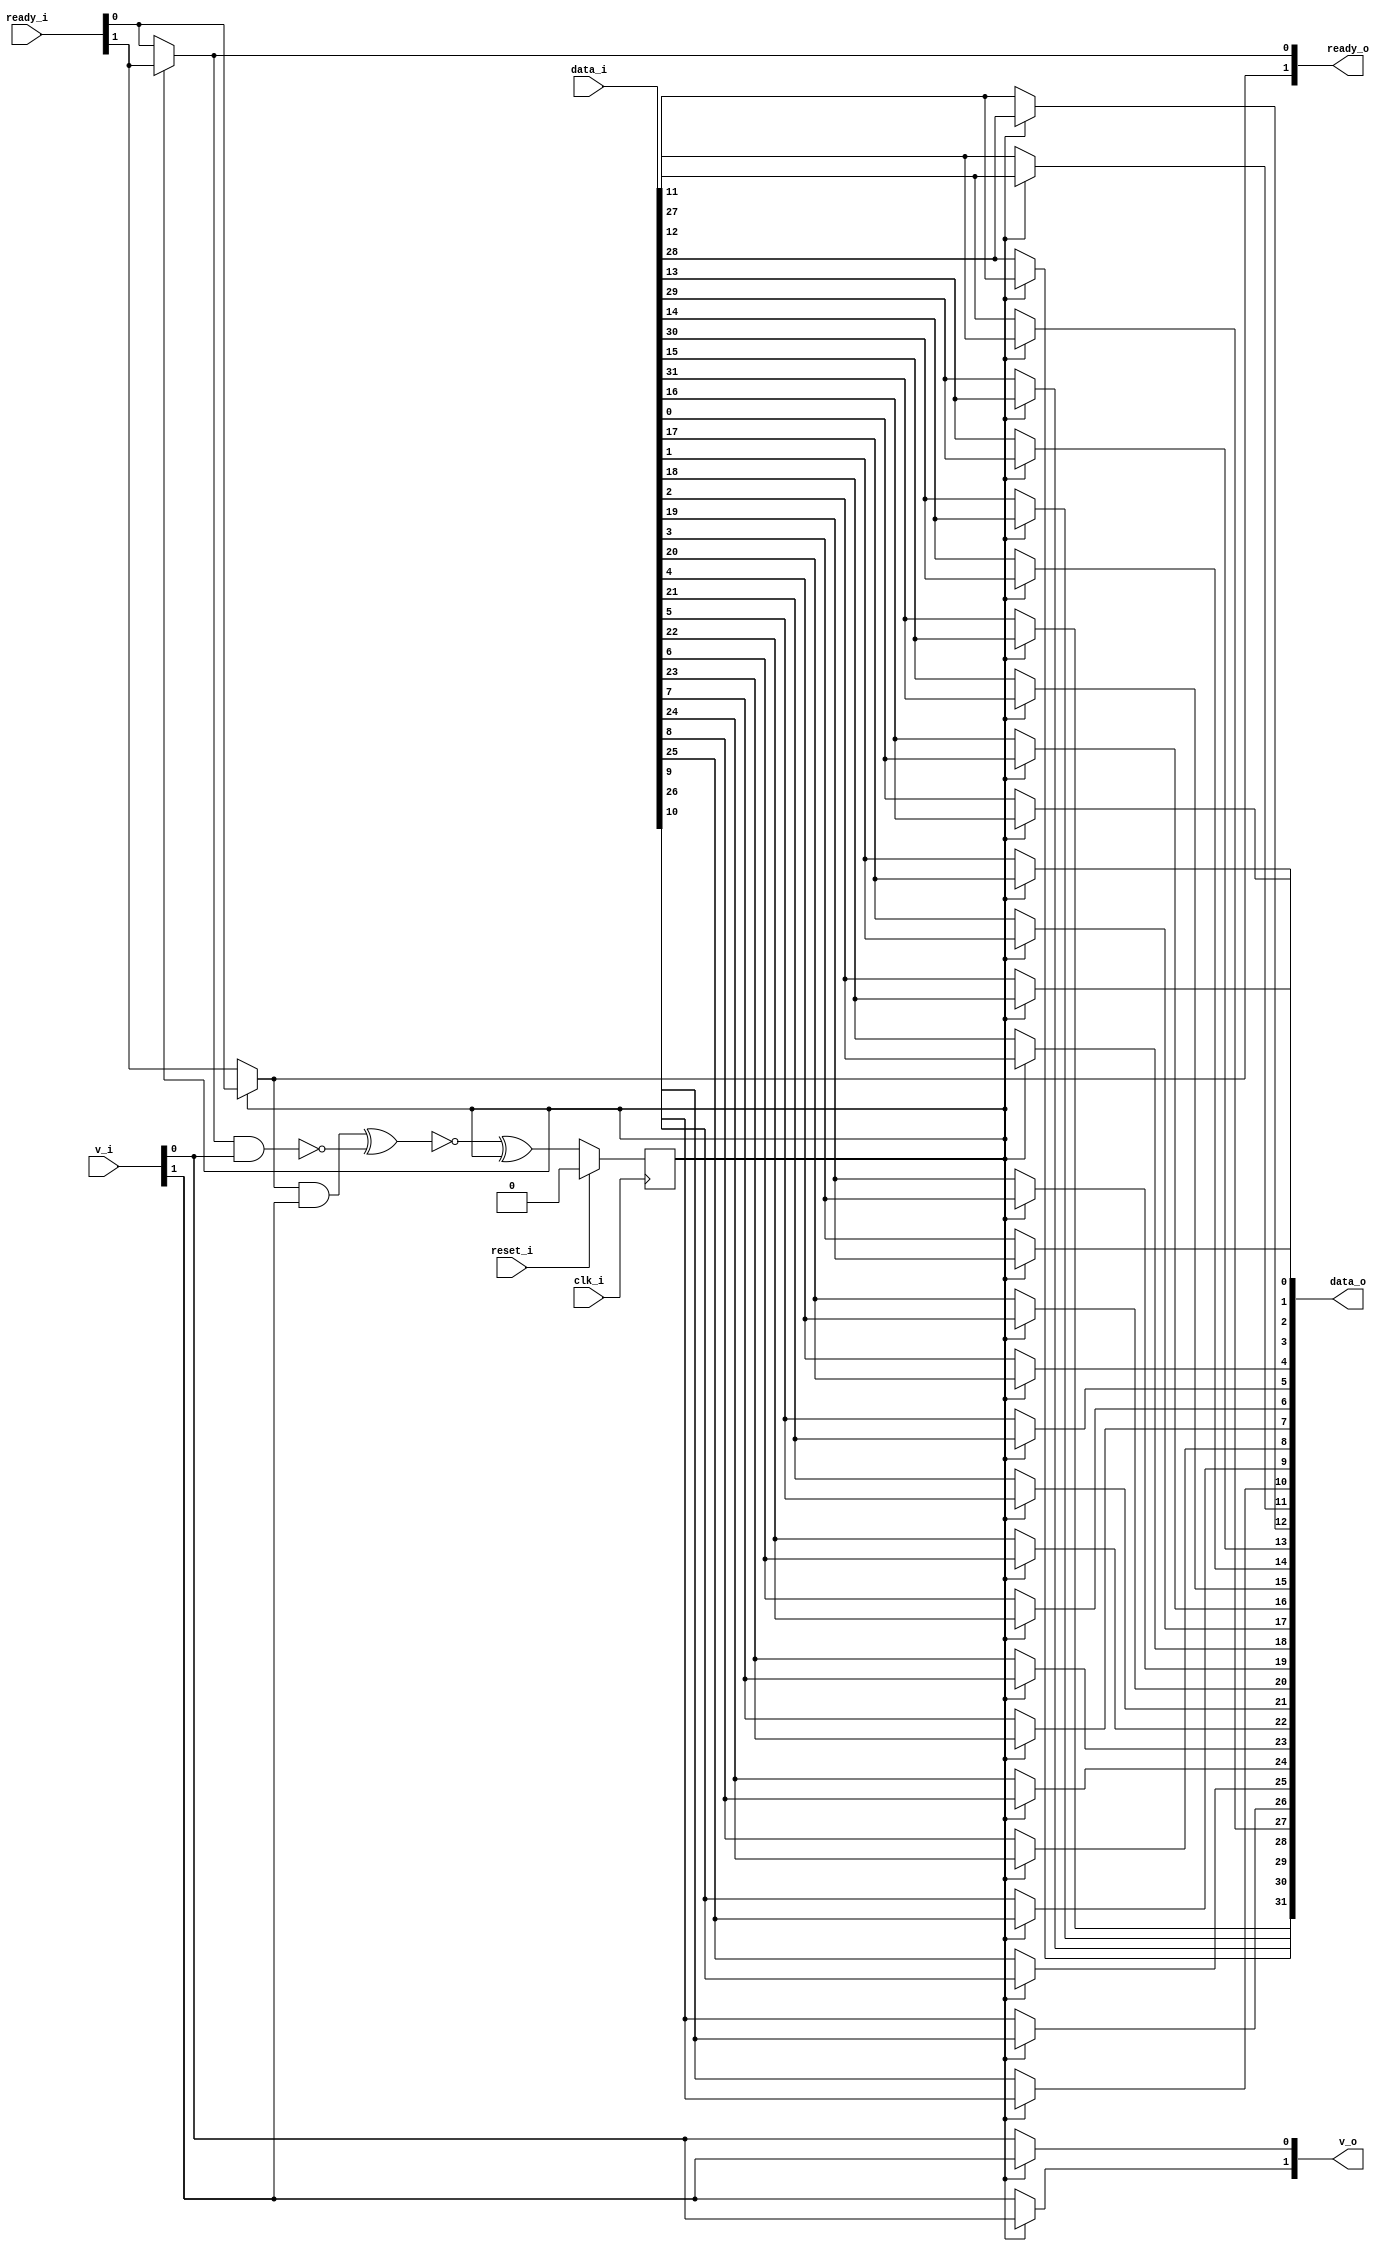
/* Generated by Yosys 0.27+9 (git sha1 101d19bb6, gcc 11.2.0-7ubuntu2 -fPIC -Os) */

(* top =  1  *)

module bsg_round_robin_2_to_2(clk_i, reset_i, data_i, v_i, ready_o, data_o, v_o, ready_i);
  wire _00_;
  wire _01_;
  wire _02_;
  
  wire _03_;
  
  input clk_i;
  wire clk_i;
  
  input [31:0] data_i;
  wire [31:0] data_i;
  
  output [31:0] data_o;
  wire [31:0] data_o;
  
  reg head_r;
  
  input [1:0] ready_i;
  wire [1:0] ready_i;
  
  output [1:0] ready_o;
  wire [1:0] ready_o;
  
  input reset_i;
  wire reset_i;
  
  input [1:0] v_i;
  wire [1:0] v_i;
  
  output [1:0] v_o;
  wire [1:0] v_o;
  assign ready_o[0] = head_r ? ready_i[1] : ready_i[0];
  assign _00_ = ~(ready_o[0] & v_i[0]);
  assign ready_o[1] = head_r ? ready_i[0] : ready_i[1];
  assign _01_ = ready_o[1] & v_i[1];
  assign _02_ = ~(_01_ ^ _00_);
  assign _03_ = _02_ ^ head_r;
  assign data_o[11] = head_r ? data_i[27] : data_i[11];
  assign data_o[12] = head_r ? data_i[28] : data_i[12];
  assign data_o[13] = head_r ? data_i[29] : data_i[13];
  assign data_o[14] = head_r ? data_i[30] : data_i[14];
  assign data_o[15] = head_r ? data_i[31] : data_i[15];
  assign data_o[16] = head_r ? data_i[0] : data_i[16];
  assign data_o[17] = head_r ? data_i[1] : data_i[17];
  assign data_o[18] = head_r ? data_i[2] : data_i[18];
  assign data_o[19] = head_r ? data_i[3] : data_i[19];
  assign data_o[20] = head_r ? data_i[4] : data_i[20];
  assign data_o[21] = head_r ? data_i[5] : data_i[21];
  assign data_o[22] = head_r ? data_i[6] : data_i[22];
  assign data_o[23] = head_r ? data_i[7] : data_i[23];
  assign data_o[24] = head_r ? data_i[8] : data_i[24];
  assign data_o[25] = head_r ? data_i[9] : data_i[25];
  assign data_o[26] = head_r ? data_i[10] : data_i[26];
  assign data_o[27] = head_r ? data_i[11] : data_i[27];
  assign data_o[28] = head_r ? data_i[12] : data_i[28];
  assign data_o[29] = head_r ? data_i[13] : data_i[29];
  assign data_o[30] = head_r ? data_i[14] : data_i[30];
  assign data_o[31] = head_r ? data_i[15] : data_i[31];
  assign v_o[0] = head_r ? v_i[1] : v_i[0];
  assign v_o[1] = head_r ? v_i[0] : v_i[1];
  assign data_o[0] = head_r ? data_i[16] : data_i[0];
  assign data_o[1] = head_r ? data_i[17] : data_i[1];
  assign data_o[2] = head_r ? data_i[18] : data_i[2];
  assign data_o[3] = head_r ? data_i[19] : data_i[3];
  assign data_o[4] = head_r ? data_i[20] : data_i[4];
  assign data_o[5] = head_r ? data_i[21] : data_i[5];
  assign data_o[6] = head_r ? data_i[22] : data_i[6];
  assign data_o[7] = head_r ? data_i[23] : data_i[7];
  assign data_o[8] = head_r ? data_i[24] : data_i[8];
  assign data_o[9] = head_r ? data_i[25] : data_i[9];
  assign data_o[10] = head_r ? data_i[26] : data_i[10];
  (* \always_ff  = 32'd1 *)
  
  always @(posedge clk_i)
    if (reset_i) head_r <= 1'h0;
    else head_r <= _03_;
endmodule